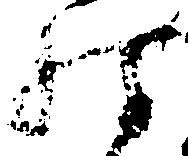
殊